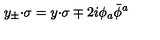
y _ { \pm } { \cdot \sigma } = y { \cdot \sigma } \mp 2 i \phi _ { a } \bar { \phi } { } ^ { a }